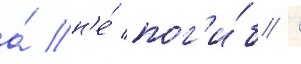
а́ н'е́ пог'и́б /